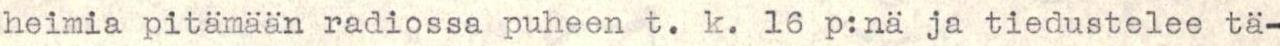
heimia pitämään radiossa puheen t. k. 16 p:nä ja tiedustelee tä-